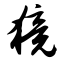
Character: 獍